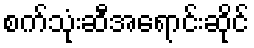
စက်သုံးဆီအရောင်းဆိုင်